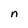
Character: n